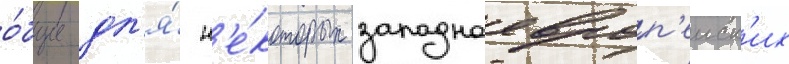
о́бщие дл'я́ н'е́которых западноевроп'еиск'их